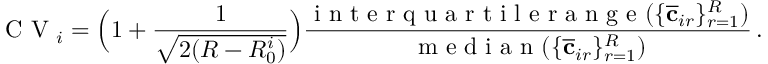
\mathrm { ~ C ~ V ~ } _ { i } = \Big ( 1 + \frac { 1 } { \sqrt { 2 ( R - R _ { 0 } ^ { i } ) } } \Big ) \frac { \mathrm { ~ i ~ n ~ t ~ e ~ r ~ q ~ u ~ a ~ r ~ t ~ i ~ l ~ e ~ r ~ a ~ n ~ g ~ e ~ } ( \{ \overline { { \mathbf { c } } } _ { i r } \} _ { r = 1 } ^ { R } ) } { \mathrm { ~ m ~ e ~ d ~ i ~ a ~ n ~ } ( \{ \overline { { \mathbf { c } } } _ { i r } \} _ { r = 1 } ^ { R } ) } \, .